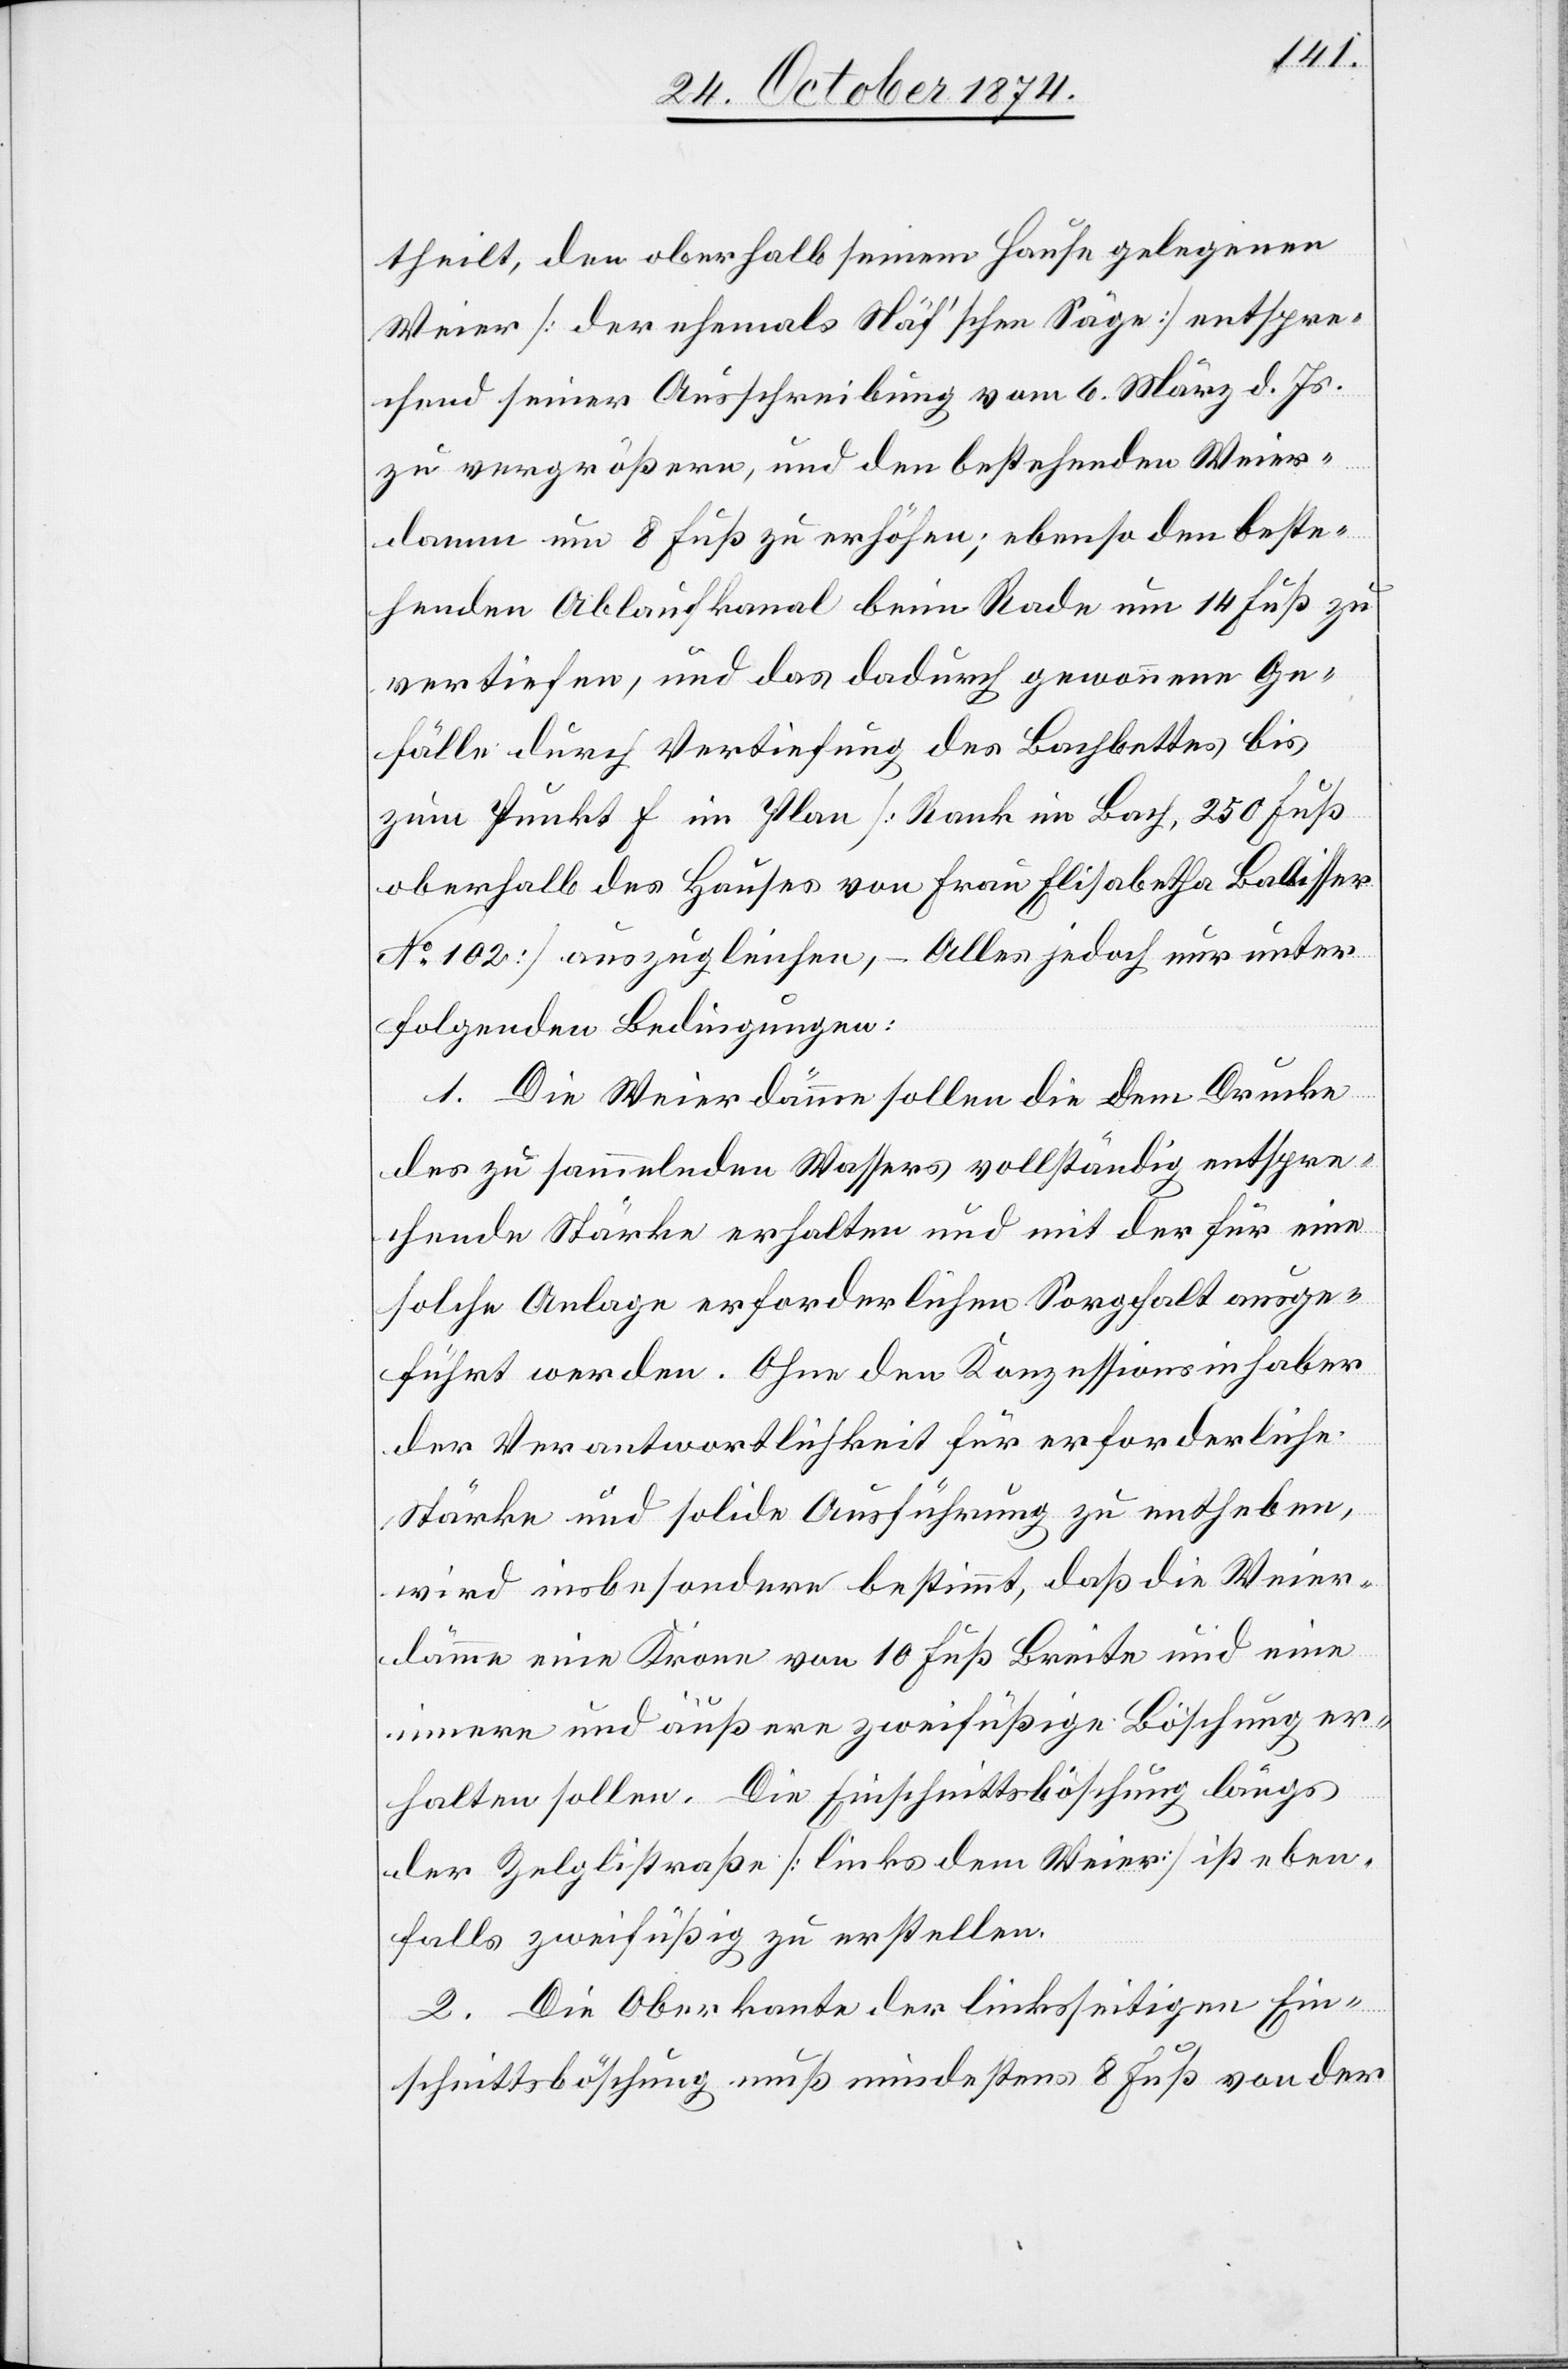
theilt, den oberhalb seinem Hause gelegenen
Weier [der ehemals Näf’schen Säge] entspre¬
chend seiner Ausschreibung vom 6. März d. Js.
zu vergrößern, und den bestehenden Weier¬
damm um 8 Fuß zu erhöhen; ebenso den beste¬
henden Ablaufkanal beim Rade um 14 Fuß zu
vertiefen, und das dadurch gewonnene Ge¬
fälle durch Vertiefung des Bachbettes bis
zum Punkt F im Plan [Rank im Bach, 250 Fuß
oberhalb des Hauses von Frau Elisabetha Ballisser
No 102] auszugleichen, – Alles jedoch nur unter
folgenden Bedingungen:
1. Die Weierdämme sollen die dem Drucke
des zu sammelnden Wassers vollständig entspre¬
chende Stärke erhalten und mit der für eine
solche Anlage erforderlichen Sorgfalt ausge¬
führt werden. Ohne den Konzessionsinhaber
der Verantwortlichkeit für erforderliche
Stärke und solide Ausführung zu entheben,
wird insbesondere bestimmt, daß die Weier¬
dämme eine Krone von 10 Fuß Breite und eine
innere und äußere zweifüßige Böschung er¬
halten sollen. Die Einschnittsböschung längs
der Zeglistraße [links dem Weier] ist eben¬
falls zweifüßig zu erstellen.
2. Die Oberkante der linksseitigen Ein¬
schnittsböschung muß mindestens 8 Fuß von der